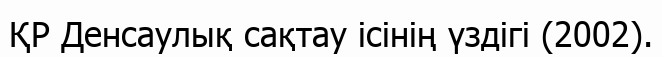
ҚР Денсаулық сақтау ісінің үздігі (2002).